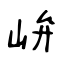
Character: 峅